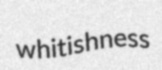
whitishness